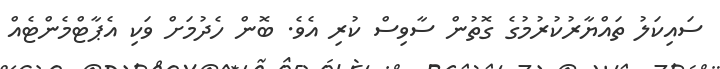
ސައިކަލު ތައްޔާރުކުރުމުގެ ގޮތުން ސާވިސް ކުރި އެވެ. ބޮން ހެދުމަށް ވަކި އެޕާޓްމެންޓެއް